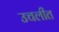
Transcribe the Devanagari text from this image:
उचलीत